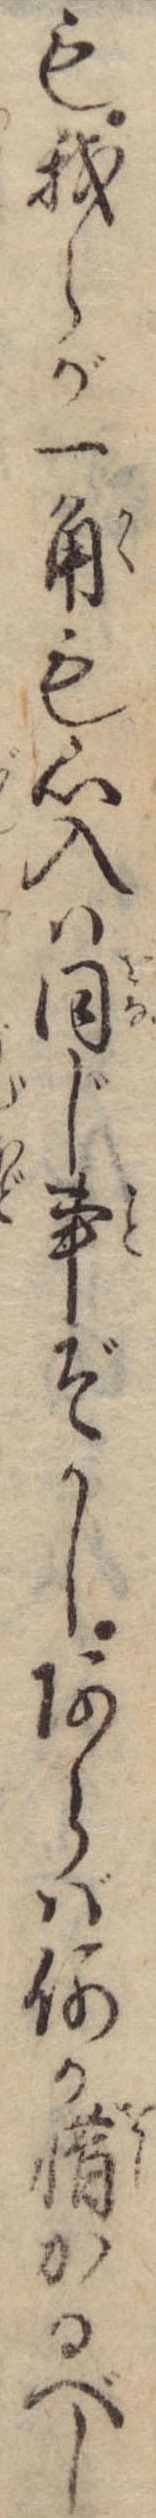
も我らが一角も心入は同じ事ぞかしあらば何か惜かるべし